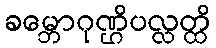
ခမ္ဘောဂုဏ္ဌိပလ္လတ္ထိ